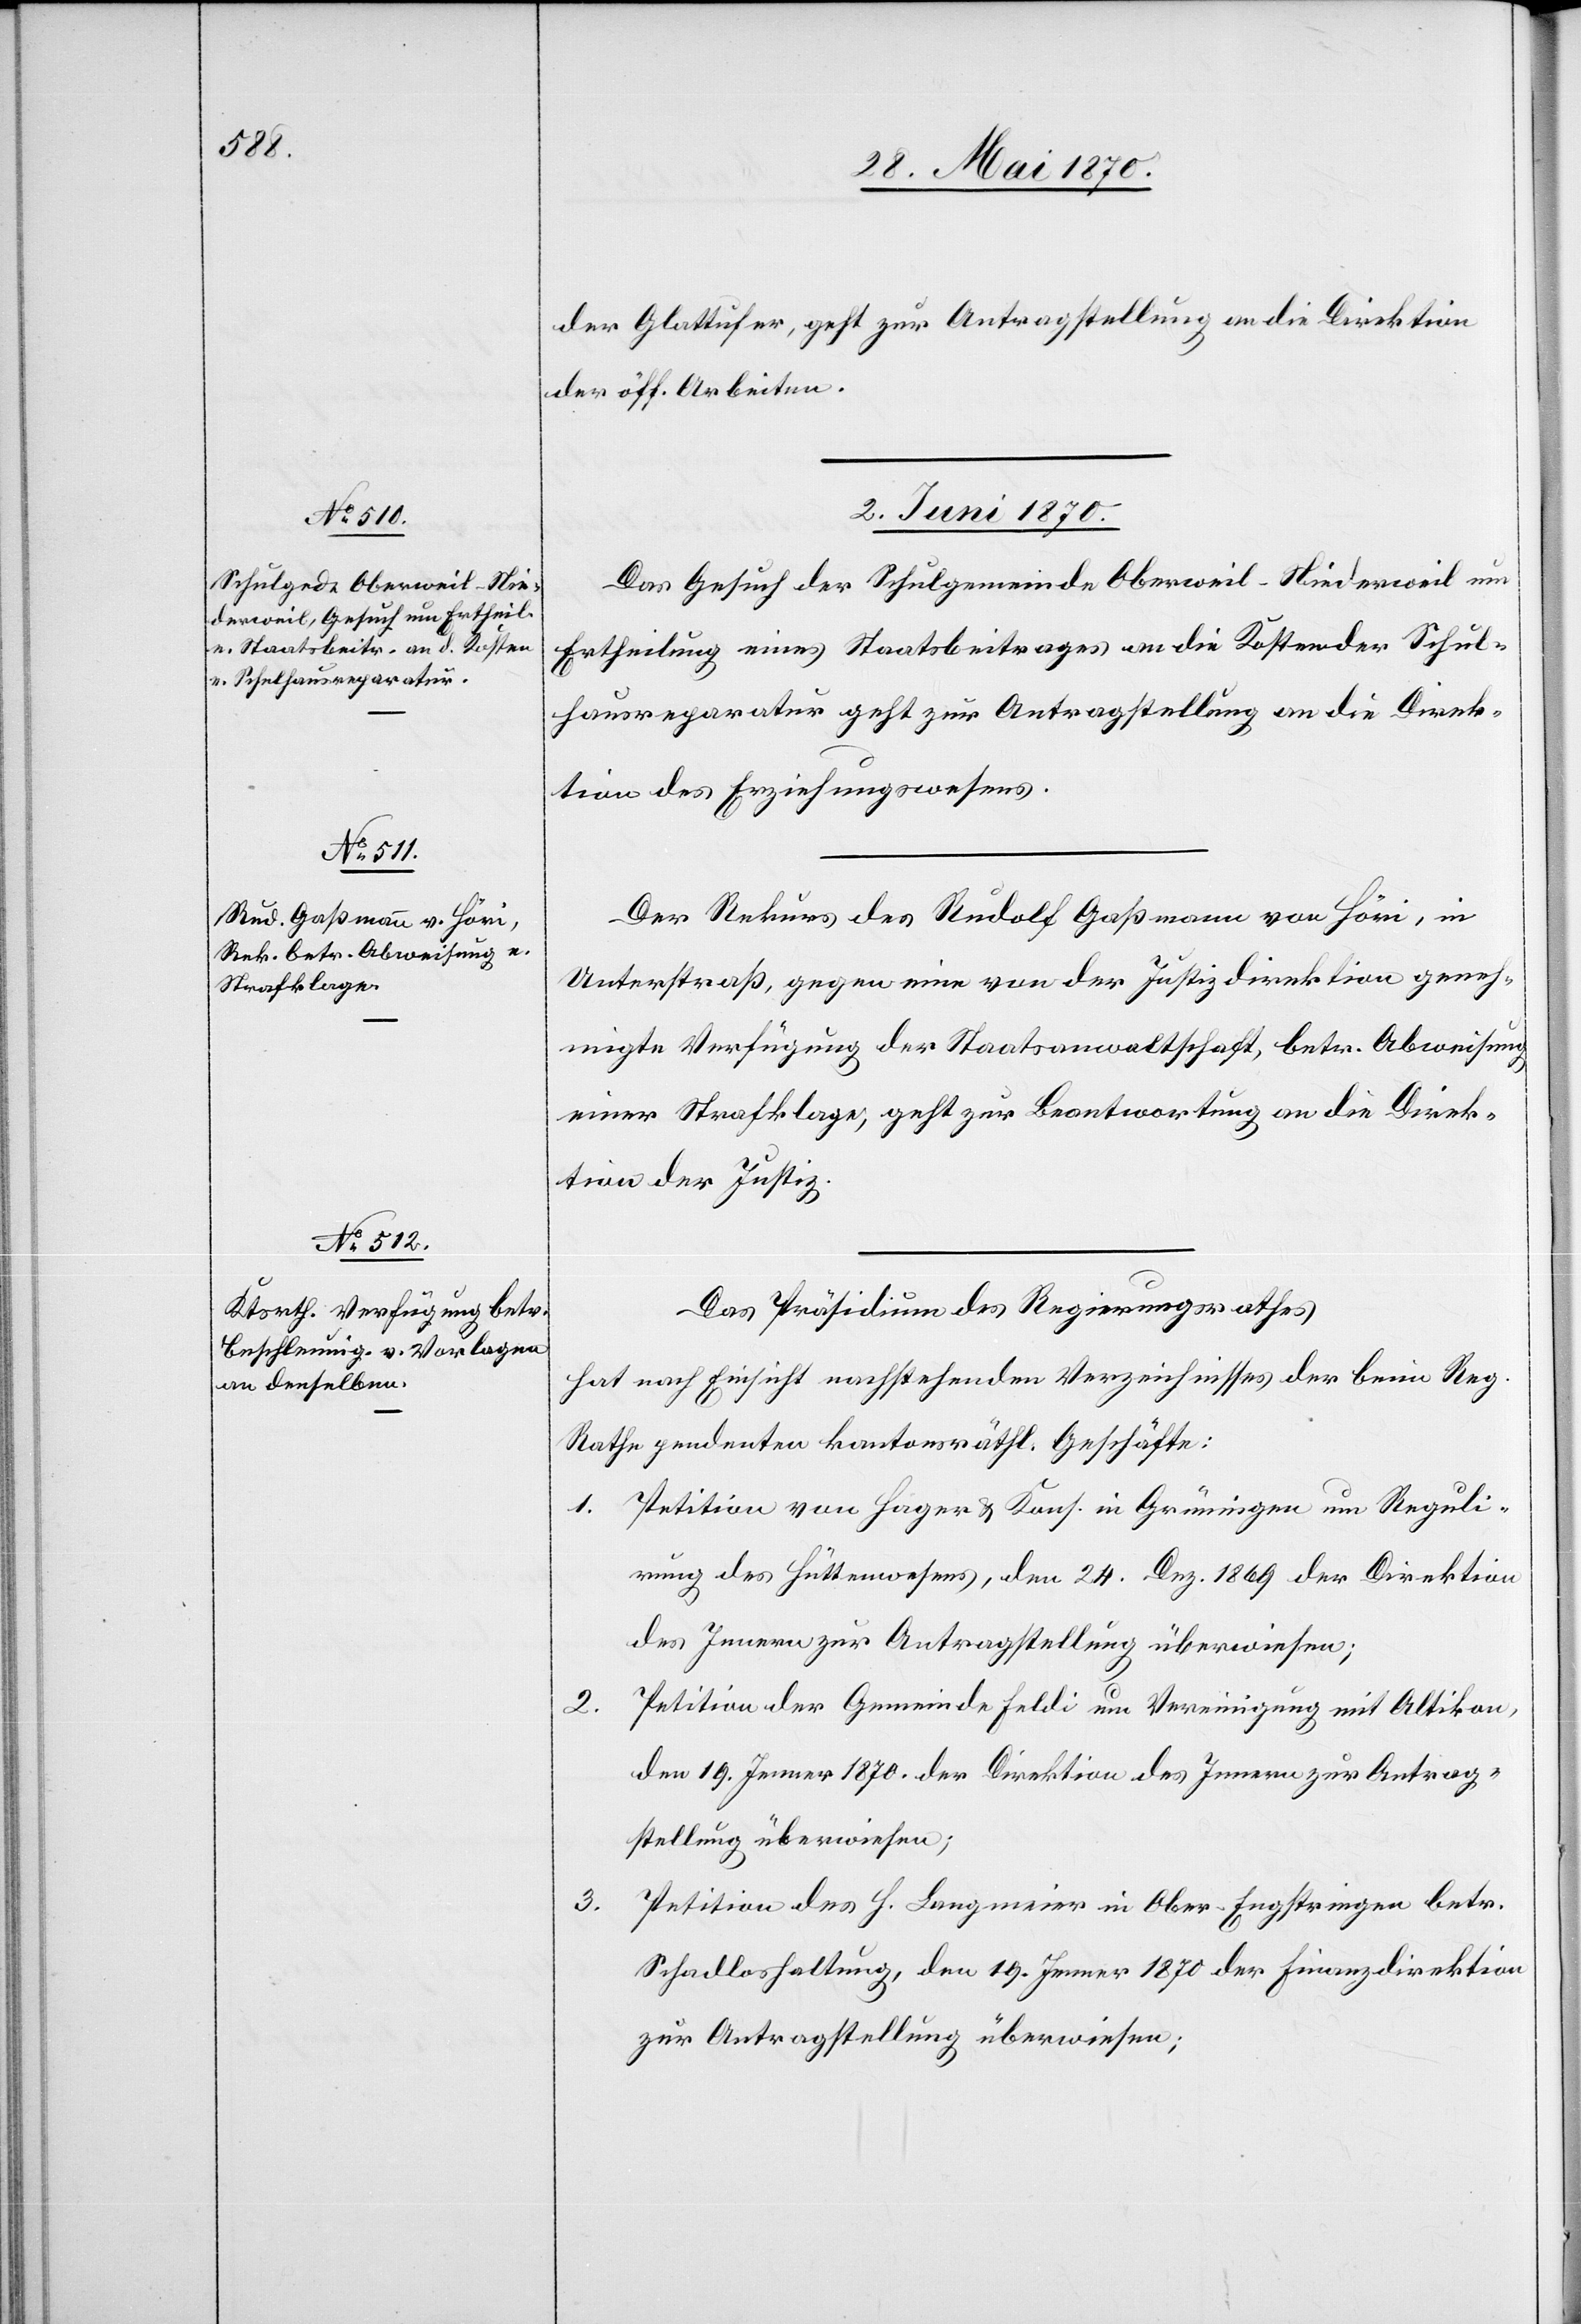
der Glattufer, geht zur Antragstellung an die Direktion
der öff. Arbeiten.
2. Juni 1870.]
Das Gesuch der Schulgemeinde Oberweil-Niederweil um
Ertheilung eines Staatsbeitrages an die Kosten der Schul¬
hausreparatur geht zur Antragstellung an die Direk¬
tion des Erziehungswesens.
Der Rekurs des Rudolf Gaßmann von Höri, in
Unterstraß, gegen eine von der Justizdirektion geneh¬
migte Verfügung der Staatsanwaltschaft, betr. Abweisung
einer Strafklage, geht zur Beantwortung an die Direk¬
tion der Justiz.
Das Präsidium des Regierungsrathes
hat nach Einsicht nachstehenden Verzeichnisses der beim Reg.
Rathe pendenten kantonsräthl. Geschäft:
1. Petition von Hager & Kons. in Grüningen um Reguli¬
rung des Hüttenwesens, den 24. Dez. 1869 der Direktion
des Innern zur Antragstellung überwiesen;
Petition der Gemeinde Feldi um Vereinigung mit Altikon,
2.
den 19. Jenner 1870 der Direktion des Innern zur Antrag¬
stellung überweisen.
3. Petition des H. Langmeier in Ober-Engstringen betr.
Schadloshaltung, den 19. Jenner 1870 der Finanzdirektion
zur Antragstellung überwiesen;